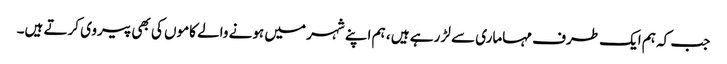
جب کہ ہم ایک طرف مہاماری سے لڑ رہے ہیں ، ہم اپنے شہر میں ہونے والے کاموں کی بھی پیروی کرتے ہیں۔